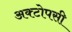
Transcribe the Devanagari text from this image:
अक्टोपसी